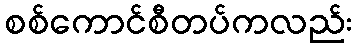
စစ်ကောင်စီတပ်ကလည်း